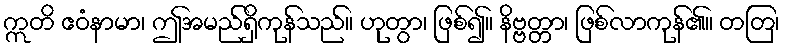
ဣတိ ဧဝံနာမာ၊ ဤအမည်ရှိကုန်သည်။ ဟုတွာ၊ ဖြစ်၍။ နိဗ္ဗတ္တာ၊ ဖြစ်လာကုန်၏။ တတြ၊